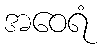
အဝေရံ